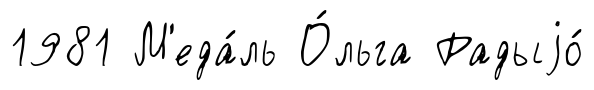
1981 М'еда́ль О́льга Радыjо́